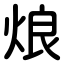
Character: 烺